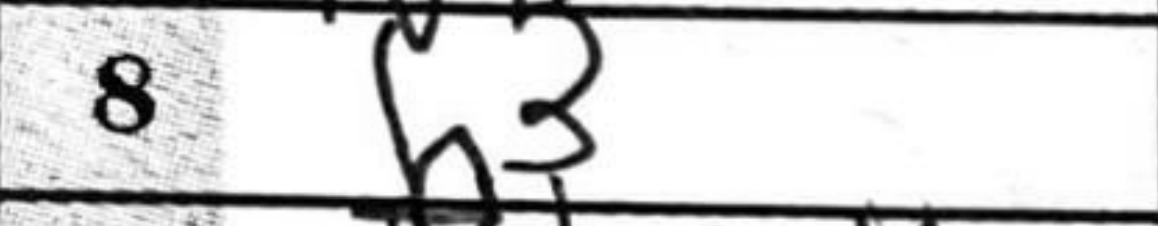
Transcription: b3